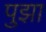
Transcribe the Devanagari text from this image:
पुझा